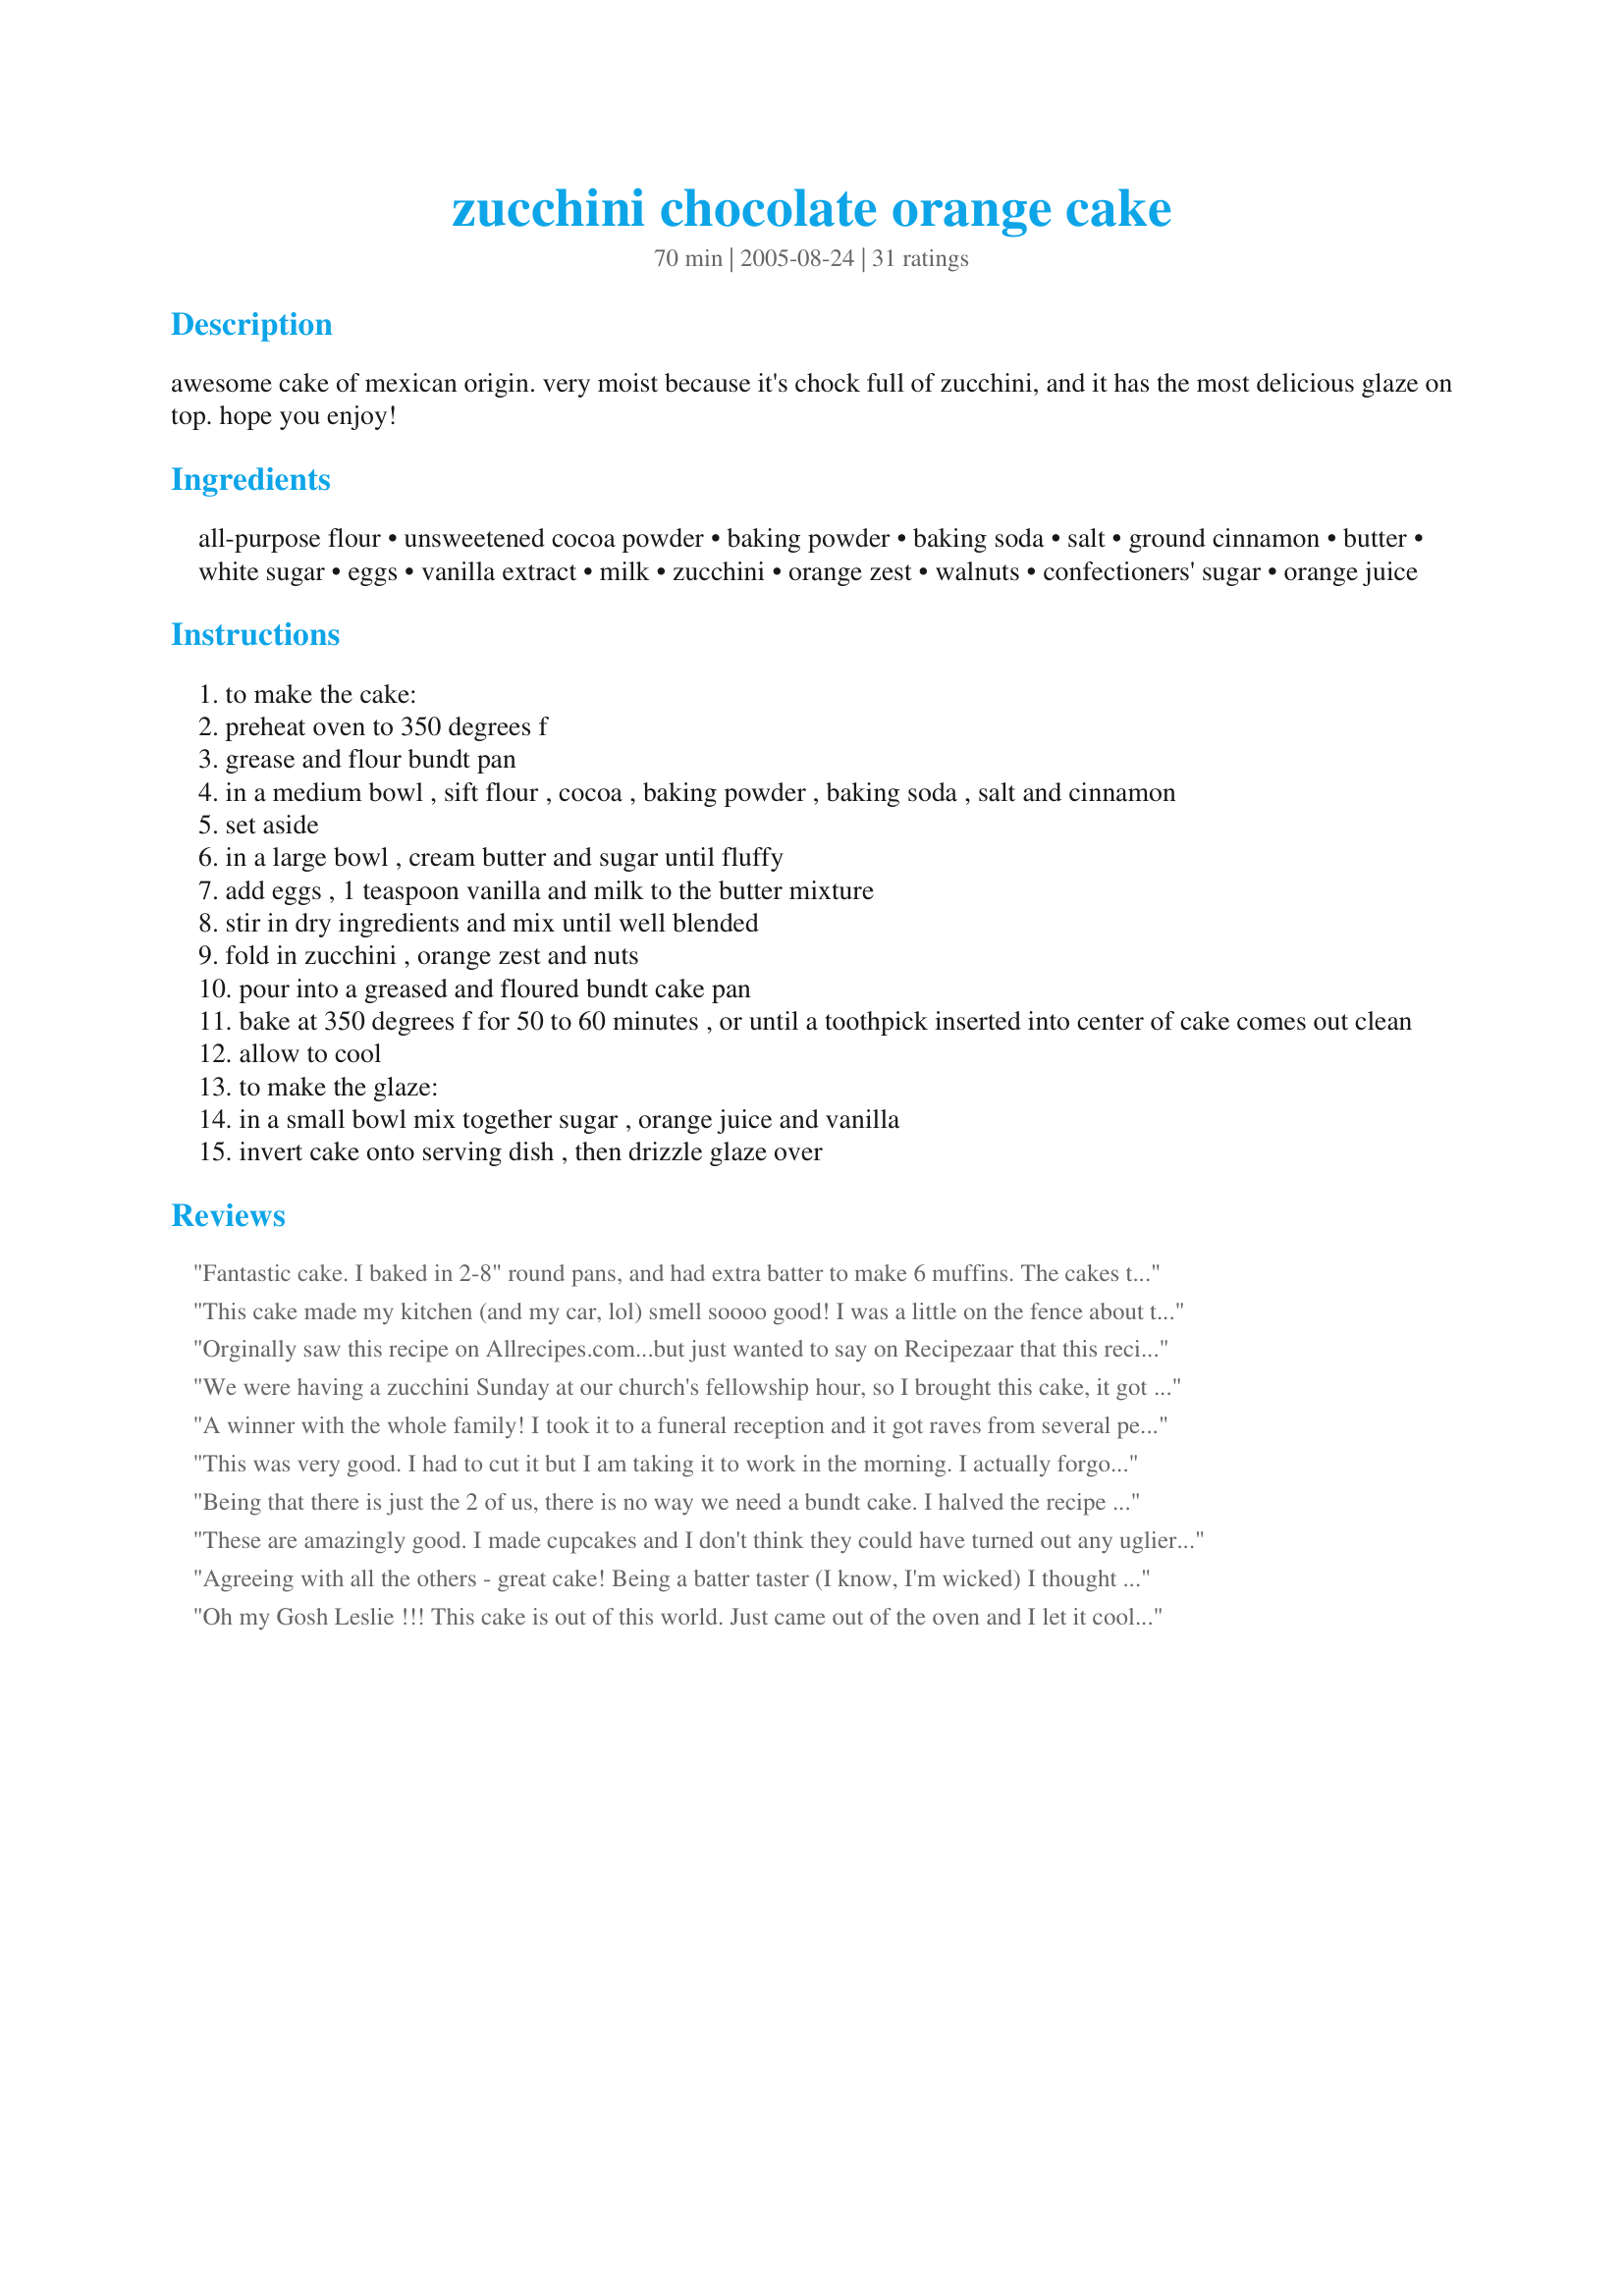
zucchini chocolate orange cake
Preparation time: 70 minutes

awesome cake of mexican origin.
very moist because it's chock full of zucchini, and it has the most delicious glaze on top.
hope you enjoy!

Ingredients:
all-purpose flour, unsweetened cocoa powder, baking powder, baking soda, salt, ground cinnamon, butter, white sugar, eggs, vanilla extract, milk, zucchini, orange zest, walnuts, confectioners' sugar, orange juice

Steps:
to make the cake:
preheat oven to 350 degrees f
grease and flour bundt pan
in a medium bowl , sift flour , cocoa , baking powder , baking soda , salt and cinnamon
set aside
in a large bowl , cream butter and sugar until fluffy
add eggs , 1 teaspoon vanilla and milk to the butter mixture
stir in dry ingredients and mix until well blended
fold in zucchini , orange zest and nuts
pour into a greased and floured bundt cake pan
bake at 350 degrees f for 50 to 60 minutes , or until a toothpick inserted into center of cake comes out clean
allow to cool
to make the glaze:
in a small bowl mix together sugar , orange juice and vanilla
invert cake onto serving dish , then drizzle glaze over

Reviews:
Fantastic cake. I baked in 2-8" round pans, and had extra batter to make 6 muffins. The cakes too 50 minutes in the oven and the muffins 20 minutes in the toaster oven. The glaze is wonderful, but makes so much more then I needed. Even cutting it in half, there was excess. I think it would be difficult to make a 1/4 of the glaze recipe thought. :) Thanks Leslie for another wonderful recipe.
This cake made my kitchen (and my car, lol) smell soooo good! I was a little on the fence about the whole chocolate and zucchini thing, but this cake totally eliminated that doubt! I made this in a regular Bundt pan, and it took the full hour to bake. My poor naked zested orange looked so sad sitting on the countertop, so I juiced it and used the fresh squeezed juice in the glaze. I didn't have any walnuts in the house, so I replaced them with chopped pecans. After letting the cake cool in the pan for ~15 minutes, I flipped it onto a cake platter, poked holes all over it with a skewer, and poured the glaze over the still-warm cake so it would soak in instead of drip off. I brought this to work with me to share (hence the heavenly smell in my car), and I think I converted a couple people to zucchini cake lovers with this. Who would've thought that cocoa, vanilla, cinnamon and orange would all play so nicely with zucchini?! Thanks for posting this gem! Made for The Honeys for ZWT8
Orginally saw this recipe on Allrecipes.com...but just wanted to say on Recipezaar that this recipe is OUTSTANDING!

Easy to make with an amazing result. Full review on my blog
http://www.foodhogger.wordpress.com
We were having a zucchini Sunday at our church's fellowship hour, so I brought this cake, it got mixed reviews, some felt it needed more in the chocolate department, others really liked it. Next time I will try for a more chocolate flavor and use cocoa. Made for ZWT8
A winner with the whole family! I took it to a funeral reception and it got raves from several people. My 10 and 12 year old boys begged me to make it again which was no problem with all the zucchini I have been given. My only change was to leave out the nuts and put in a half cup of mini chocolate chips.
This was very good. I had to cut it but I am taking it to work in the morning. I actually forgot to add the milk. I don't think that made much difference, the cake was still very moist.
Lisa
Being that there is just the 2 of us, there is no way we need a bundt cake. I halved the recipe and baked these in 4 mini bundt pans for 30 minutes. When the recipe is halved, it calls for 1-1/2 eggs. I used 2 whole eggs and was able to use Splenda for half the sugar. This cake is moist and a wonderful way to seek in extra veggies without anyone knowing.
These are amazingly good. I made cupcakes and I don't think they could have turned out any uglier, but the taste it just great. I followed the recipe exactly. Just enough orange and so moist.
Agreeing with all the others - great cake! Being a batter taster (I know, I'm wicked) I thought it needed more orange so I added 1/2 tsp. extract. And then I found half a bag of chocolate chips in the pantry & threw those in for grins. It took the full 60 minute baking time in my convection oven to get a clean tester. I made extra glaze, thinned out, to serve alongside just in case someone really wants sugar overload. Thanks for sharing!
Oh my Gosh Leslie !!! This cake is out of this world. Just came out of the oven and I let it cool long enough to handle then I glazed it. DH and I both LOVED it!! I took a huge part of the cake across the road to my neighbours. They had company at the time (which I didn't know) they all fought over the cake!! Thanks for posting.
This is the best zucchini cake ever. 
I never seem to be able to cream butter, sugar eggs and milk properly so I simply put everything in a large bowl and mixed them well.
I also added 2 Tbs of oil 'cause sometimes batter made with butter alone can turn out to be kind of dry and doesn't keep well. I don't know if it was really necessary but it didn't hurt the cake.
I divided the batter in half. The first one I made according to the recipe with orange zest and nuts, the second I made with lemon zest and raisins (and lemon glaze). 
They were both delicious. A big, big hit with everybody that tasted it.
Thanks for the recipe.
TRIPLE WOW! This is the most sinfully delicious cake in the universe. I made four of these for a family reunion and it was the biggest hit of the day. Incredible! My zucchini had been in my garden way too long and were 8 inches in diameter and more than two feet long, so they were extra mild. I'm making this again for my son's scout auction today. I plan on it being a real money maker! I make it as written, minus the walnuts (allergies). Thanks again for an out-of-this-world recipe!!!
With a light, moist texture, orange glaze and kaboom you have a winning recipe! I used a dark cocoa in the batter and did not change anything else. I know a lot of the reviewers felt it needed amped up with orange but I liked the subtle flavor found in the glaze and cake. Just blended so well with our taste buds. Found and made for ZWT8.
Really Good! I halved the sugar, increased orange zest to ~2 Tbsp. Next time, as others had done, I'll throw in some chocolate chips! Will definitely make again :D
I agree with the reviewers, this cake is so good..so moist...and so totally scrumptous! I swear it is even better the next day! The icing on the top turns this cake in to a decadent surprise! Thanks Leslie!!!
Anything that can make zucchini taste this good gets 5 stars. This recipe produces a very moist and delicious cake. I followed the suggestion of another reviewer and added some orange extract to ramp up the orange flavour a bit. My own suggestion to those looking for a richer chocolate flavour; try using a premium quality cocoa powder for more of a chocolate "Wow". You could also substitute the orange juice in the glaze with an orange liqueur for a more adult taste. I would not hesitate to serve this cake to company. Thanks for the recipe, Leslie.
Fantabulous (is that a word?)! I made it exactly as written, and it couldn't have been easier. I am so glad I tried this...it really makes a special cake. Thanks for posting this. Made for ZWT5.
OK, I modified this recipe a bit. The results were an excellent, moist, go back for seconds/thirds cake!
I don't use white sugar for human consumption - instead, I cut the value of the sugar in half then I put 50% sucanant/50% Grade B maple syrup (in this recipe that means 1/2 cup of each).
I have a friend who is allergic to egg whites so I substituted 6 oz of applesauce for the 3 eggs.
I also prefer not to cook with butter so I did 50% olive oil/50% prune puree.
The friend who's allergic to egg whites also allergic to nuts - so I did not use the nuts.
The cake was the most incredible cake I've had in a long time - even my DH who does not eat zucchini liked it.
VERY GOOD!
I made this cake to bring to a seniors home, and what a hit it was! also a great way to use up zuchinni crops, this cake was so moist, the only change I made was I increased the grated orange zest by a tablespoon. I am making more of these cakes to freeze very soon. Everyone, try this cake its fantastic! thanks Leslie for a wonderful zuchinni cake recipe!...Kitten:)
This is the best cake ever!!! I didn't have orange zest so I subbed orange extract. I also added some choc. chips. Delish! Thanks for a wonderful recipe.
What A Fabulous Cake!!!
I made this exactly as written with the exception of adding a tiny bit of orange extract to the batter and the icing. I also used a 10 " springform pan instead of a bundt pan and it was done in the same amount of time (50 minutes in my oven). DH hates zucchini but loved this cake. I also shared this with a friend and my neighbors. All agreed that this was a definite keeper! Thanks for sharing Leslie!
Sorry, but I didn't like this cake very much. It needed a much richer chocolate flavor and more orange flavor too.
Yum. I made this today, and only changed a couple of things. I didn't do the nuts, and I added a little orange juice (maybe 2 tbsp) to the batter, because it seemed a little thick. I also put it in two loaf pans. I love the combination of orange and chocolate, and the cinnamon gives it a little something extra. Next time I may add more cinnamon (when I don't have to share with my dad, who hates cinnamon).
Fantastic Cake I added some chocolate chips to it and used Splenda instead of sugar <br/>Made for ZWT% for Cooks with Dirty faces, Made this again and this time used the bundt pan. Awsome moist cake.
Wonderful cake! Easy, great flavor, nice texture, and it's never a bad thing to be able to sneak in some veg's. Thanks for sharing this recipe!!
This was ok. We found the glaze to be rather icky. This definetly needed more orange flavor. The texture was good. Sorry.
Super moist; full of flavor. The kids begged me for more of this cake! Easy to hide zucchini in this one, thanks!
Big hit with everyone at our get-away beach weekend. The kids especially loved it, and I had to smile knowing my no. 2 son was eating something with zucchini in it (a vegetable he refuses to touch!). The glaze set up nicely and I liked the subtle orange flavour.
Ok seriously here...This is absolutely the best ever! I have my grandmothers recipe for this and now suffer with tremendous guilt..I have put away my grandmothers recipe and will use this mouth watering recipe from now on. I made 2 in 2 days and its all gone! Im planning to make 2 more today and hope I dont have many over hehe. I guarantee you will fall deeply in love with this one! Even those who dont like zucchini will love it!! I know, I fooled a few!! THANK YOU!!!!
Wow, this cake is great. I didn't know what to do with the zucchini we have been growning and this is the best recipe I have tried! I did however make a lot of changes to make it healthier. Leslie do you mind if I post a similar recipe with all the changes I made?
Just made this today. I used Hershey's Special Dark cocoa instead of regular cocoa. It was to-die-for! Thanks for the yummy recipe!
